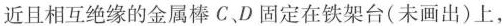
近且相互绝缘的金属棒C、D固定在铁架台(未画出)上，